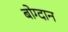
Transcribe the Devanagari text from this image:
बोग्दान